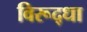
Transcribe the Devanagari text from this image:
विरूद्धा